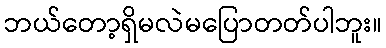
ဘယ်တော့ရှိမလဲမပြောတတ်ပါဘူး။